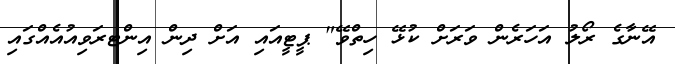
އޭނާގެ ރޯލު އަހަރެން ވަރަށް ކުޅޭ ހިތްވޭ" ޕީޓީއައި އަށް ދިން އިންޓރަވިއުއެއްގައި